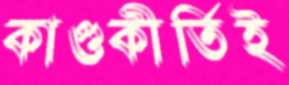
কাণ্ডকীর্তিই